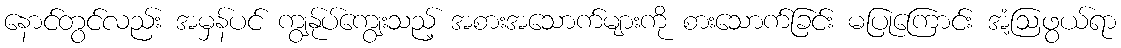
နောင်တွင်လည်း အမှန်ပင် ကျွန်ုပ်ကျွေးသည့် အစားအသောက်များကို စားသောက်ခြင်း မပြုကြောင်း အံ့ဩဖွယ်ရာ